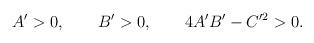
LaTeX: \begin{align*}A' > 0, \qquad B' > 0, \qquad 4A'B' - C'^2 > 0 .\end{align*}